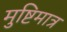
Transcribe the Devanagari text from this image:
मुष्टिमात्र